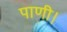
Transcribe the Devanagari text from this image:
पाणी।